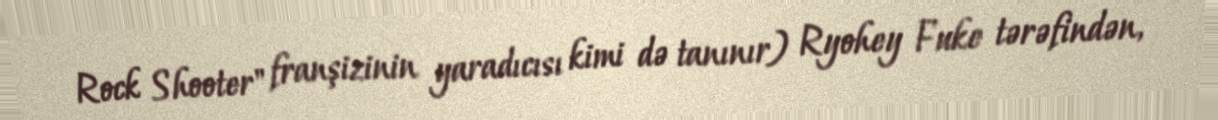
Rock Shooter" franşizinin yaradıcısı kimi də tanınır) Ryohey Fuke tərəfindən,